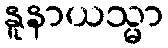
နူနာယသ္မာ